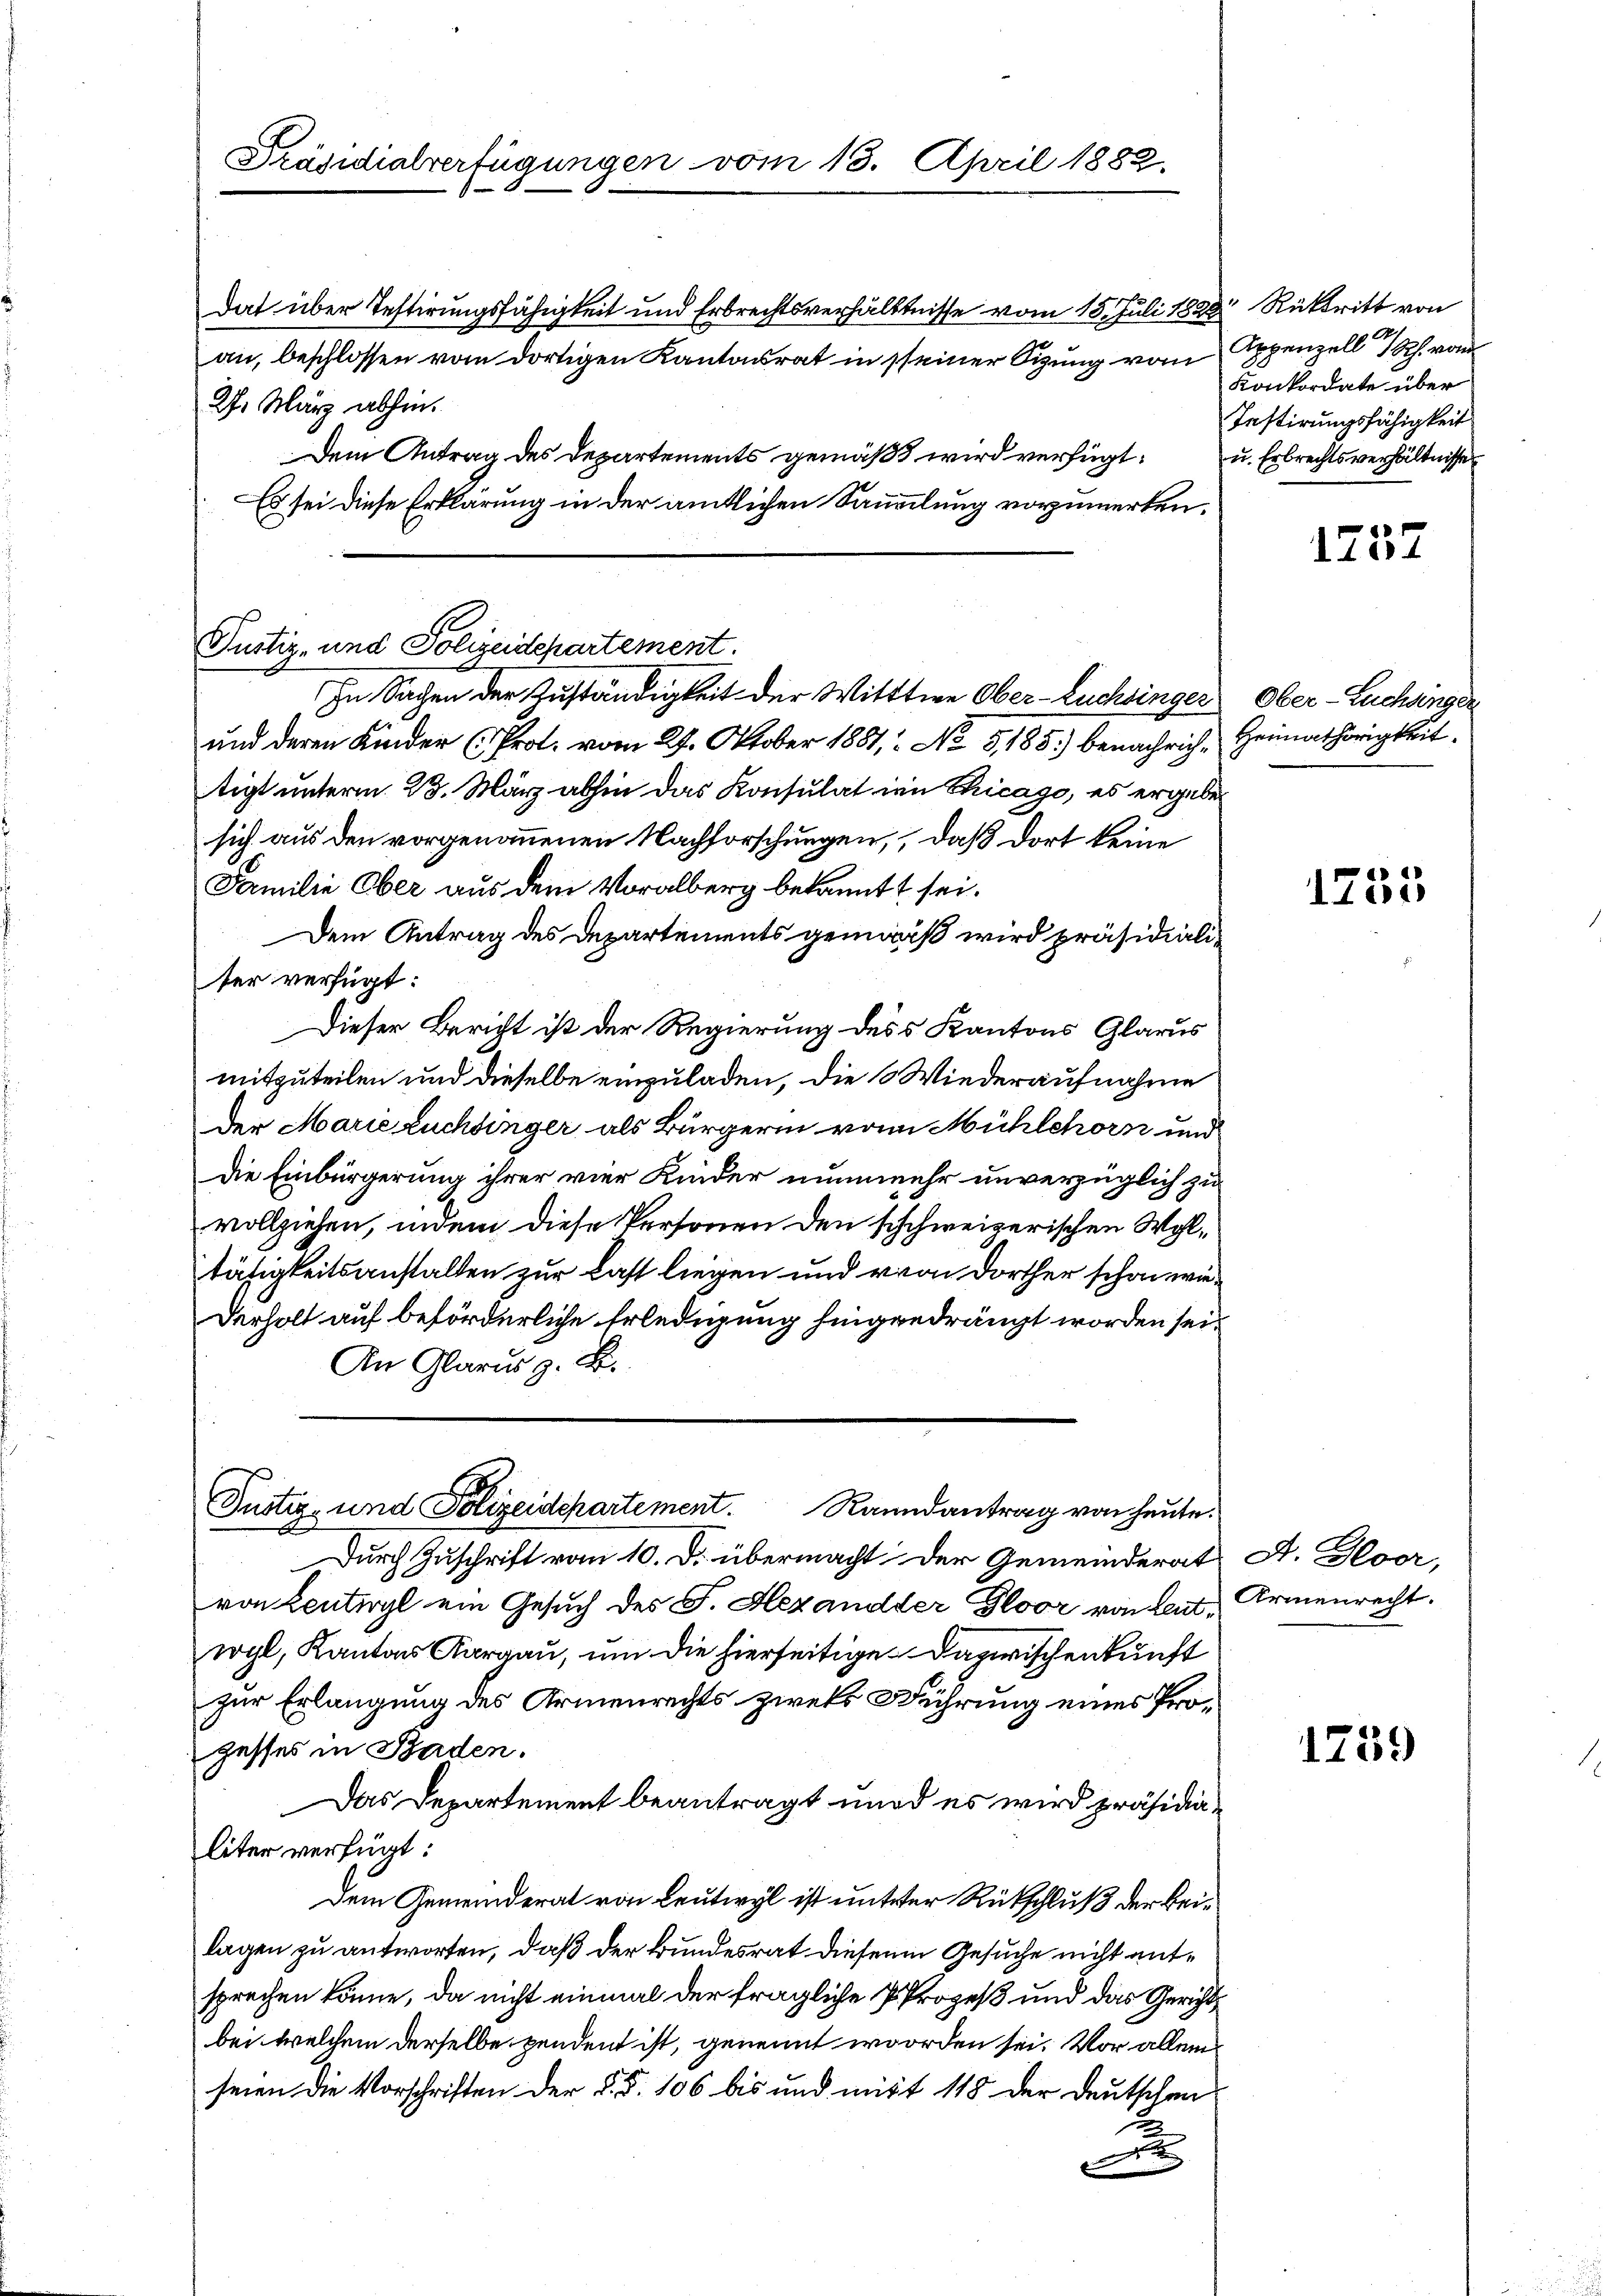
Präsidialverfügungen vom 13. April 1882.

dat über Testirungsfähigkeit und Erbrechtsverhältnisse vom 15. Juli 1828 Rücktritt von
an, beschlossen vom dortigen Kantonsrat in seiner Sitzung vom Appenzell Ich word
27. März abhin.
Dem Antrag des Departements gemäß wird verfügt u. Erbrechtsverhältnisse
Es sei diese Erklärung in der amtlichen Sammlung vorzumerken.

Justiz- und Polizeidepartement.

In Sachen der Zuständigkeit der Witttwe Ober-Luchsinger
und deren Kinder (Prot. vom 29. Oktober 1881, No 5,185) benachrich, Heimathörigkeit
tigt unterm 23. März abhin das Konsulat im Chicago, es ergebe
sich aus den vorgenommenen Nachforschungen, daß dort keine
Familie Ober aus dem Voralberg bekannt sei.
Dem Antrag des Departements gemäß wird präsidialiter verfügt:
Dieser Bericht ist der Regierung des Kantons Glarus
mitzuteilen und dieselbe einzuladen, die Wiederaufnahme
Der Marie Zuchtinger als Bürgerin von Mühlehorn und
Die Einbürgerung ihrer vier Kinder nunmehr unverzüglich zu
vollziehen, indem diese Personen den schweizerischen Wohltätigkeitsanstalten zur Last liegen und von dorther schon wie¬
Derholt auf beförderliche Erledigung hingedrängt worden sei.
An Glarus z. B.
Justiz- und Polizeidepartement. Ranndantrag von heute.

Durch Zuschrift vom 10. D. übermacht. Der Gemeinderat A. Gloor,
von Lentiryl ein Gesuch des F. Hezandder Gloor von hat, Armenrecht.
wyl, Kantons Aargau, um die hierseitige Dazwischenkunft
zur Erlangung des Armenrechts zweks Rührung eines Progesses in Baden.
Das Departement beantragt wird es wird präsidialiter verfügt:
Dem Gemeinderat von Leutwyl ist unterer Rückschluß der beilagen zu antworten, daß der Bundesrat diesen Gesuche nicht entsprechen könne, da nicht einmal der fragliche Prozeß und das Gerichts
bei welchem derselbe pendent ist, genennt worden sei. Vor allem
seien die Vorschriften der §. §. 106 bis und mit 118 der Deutschen
1
F

Konkordate über
Testirungsfähigkeit

Ober-Luchsinger

1757

1755

1759